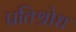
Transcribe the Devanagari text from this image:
प्रतिश्रोध